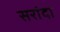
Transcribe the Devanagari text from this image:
सरांदा